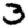
Digit: 3